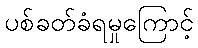
ပစ်ခတ်ခံရမှုကြောင့်